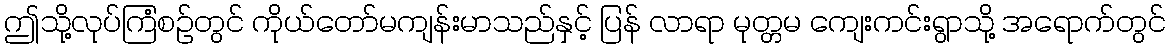
ဤသို့လုပ်ကြံစဉ်တွင် ကိုယ်တော်မကျန်းမာသည်နှင့် ပြန် လာရာ မုတ္တမ ကျေးကင်းရွာသို့ အရောက်တွင်